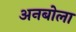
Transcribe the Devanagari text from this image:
अनबोला